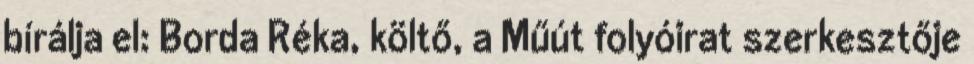
bírálja el: Borda Réka, költő, a Műút folyóirat szerkesztője